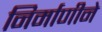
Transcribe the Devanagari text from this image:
निर्माणीने